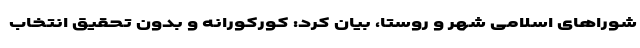
شوراهای اسلامی شهر و روستا، بیان کرد: کورکورانه و بدون تحقیق انتخاب